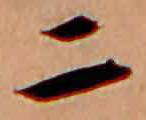
二